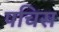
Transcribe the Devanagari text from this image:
पचिस